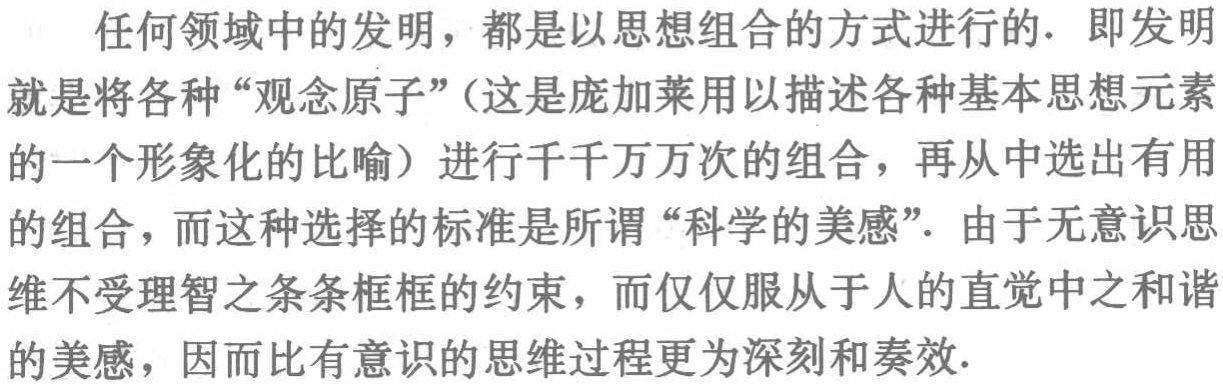
任何领域中的发明，都是以思想组合的方式进行的．即发明就是将各种“观念原子”（这是庞加莱用以描述各种基本思想元素的一个形象化的比喻）进行千千万万次的组合，再从中选出有用的组合，而这种选择的标准是所谓“科学的美感”．由于无意识思维不受理智之条条框框的约束，而仅仅服从于人的直觉中之和谐的美感，因而比有意识的思维过程更为深刻和奏效．